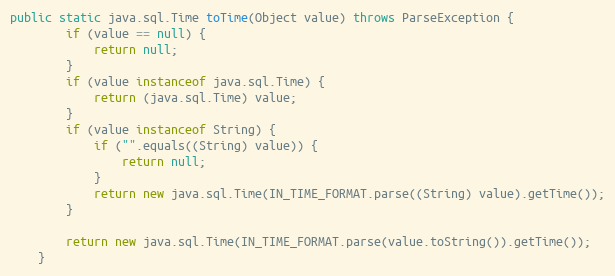
Language: Java
public static java.sql.Time toTime(Object value) throws ParseException {
        if (value == null) {
            return null;
        }
        if (value instanceof java.sql.Time) {
            return (java.sql.Time) value;
        }
        if (value instanceof String) {
            if ("".equals((String) value)) {
                return null;
            }
            return new java.sql.Time(IN_TIME_FORMAT.parse((String) value).getTime());
        }

        return new java.sql.Time(IN_TIME_FORMAT.parse(value.toString()).getTime());
    }